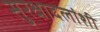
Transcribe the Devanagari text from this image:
सुरक्षादलांशी